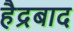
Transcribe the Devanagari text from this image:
हैद्रबाद